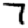
Digit: 7